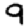
Digit: 9